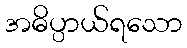
အဓိပ္ပာယ်ရသော